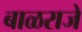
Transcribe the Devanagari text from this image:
बाळराजे